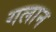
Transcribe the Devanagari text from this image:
गलान